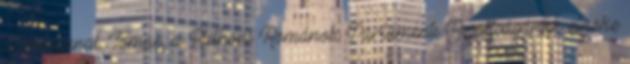
a románnal. Tomac, a Külhoni Románok Parlamenti Bizottságának elnöke